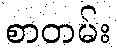
စာတမ်း